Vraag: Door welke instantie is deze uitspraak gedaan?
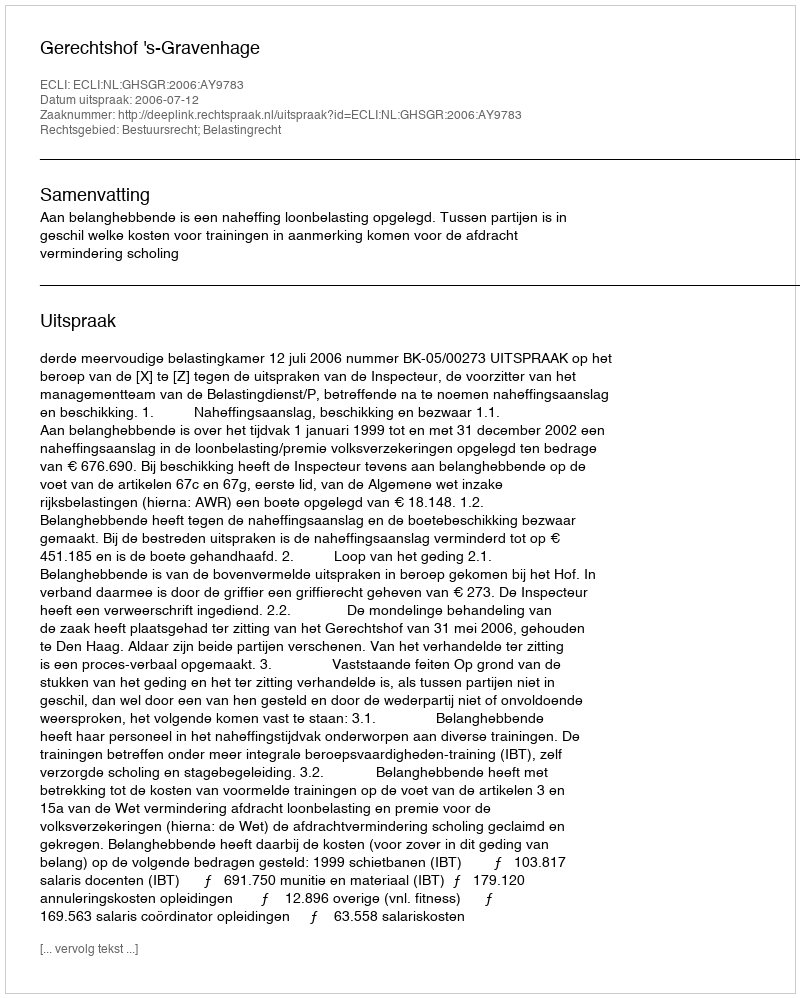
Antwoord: Gerechtshof 's-Gravenhage